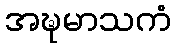
အဍ္ဎမာသကံ